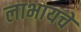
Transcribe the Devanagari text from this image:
लाभायचे